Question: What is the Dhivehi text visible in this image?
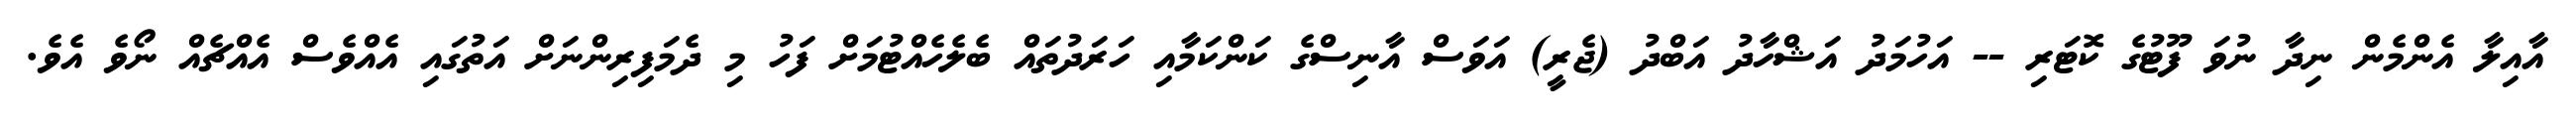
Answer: އާއިލާ އެންމެން ނިދާ ނުވަ ފޫޓުގެ ކޮޓަރި -- އަހުމަދު އަޝްހާދު އަބްދު (ޖެރީ) އަވަސް އާނިސްގެ ކަންކަމާއި ހަރަދުތައް ބެލެހެއްޓުމަށް ފަހު މި ދެމަފިރިންނަށް އަތުގައި އެއްވެސް އެއްޗެއް ނޯވެ އެވެ.